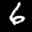
Label: 6